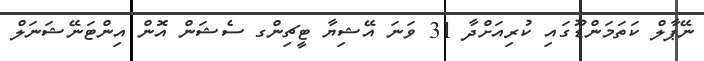
ނޭޕާލް ކަތަމަންޑޫގައި ކުރިއަށްދާ 31 ވަނަ އޭޝިޔާ ޓީޗިންގ ސެޝަން އޮން އިންޓަނޭޝަނަލް